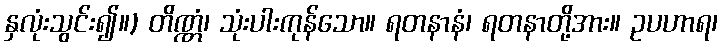
နှလုံးသွင်း၍။) တိဏ္ဏံ၊ သုံးပါးကုန်သော။ ရတနာနံ၊ ရတနာတို့အား။ ဥပဟာရ၊